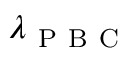
\lambda _ { \mathrm { ~ P ~ B ~ C ~ } }